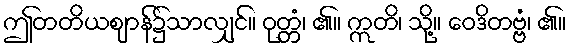
ဤတတိယဈာန်၌သာလျှင်။ ဝုတ္တံ၊ ၏။ ဣတိ၊ သို့။ ဝေဒိတဗ္ဗံ၊ ၏။